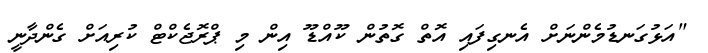
"އަޅުގަނޑުމެންނަށް އެނގިފައި އޮތް ގޮތުން ކޫއްޑޫ އިން މި ޕްރޮޖެކްޓް ކުރިއަށް ގެންދާނީ